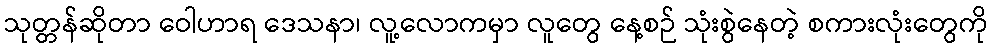
သုတ္တန်ဆိုတာ ဝေါဟာရ ဒေသနာ၊ လူ့လောကမှာ လူတွေ နေ့စဉ် သုံးစွဲနေတဲ့ စကားလုံးတွေကို